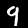
Label: 9